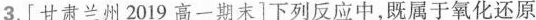
3.[甘肃兰州2019高一期末]下列反应中，既属于氧化还原